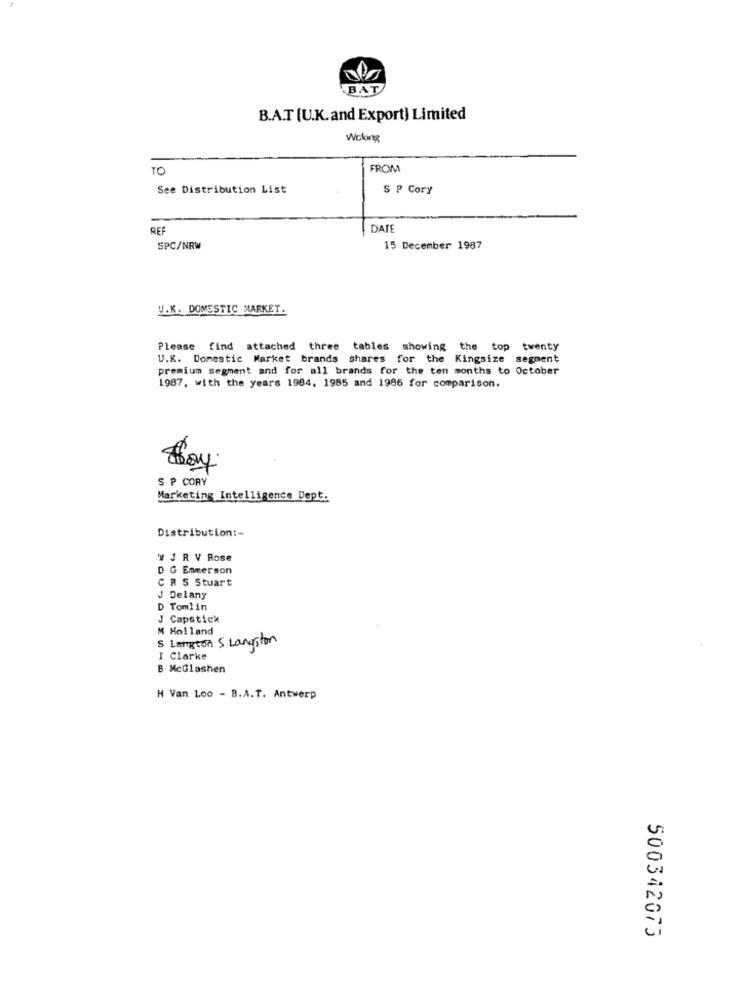
BAT
B.A.T (U.K.and Export) Limited
Wolong
TO
FROM
See Distribution List
S P Cory
REF
DATE
SPC/NRW
15 December 1987
U.K. DOMESTIC MARKET.
Please find attached three tables showing the top twenty
U.K. Domestic Market brands shares for the Kingsize segment
premium segment and for all brands for the ten months to October
1987, with the years 1984, 1985 and 1986 for comparison.
S P CORY
Marketing Intelligence Dept.
Distribution :-
J R V Rose
D G Emmerson
C R S Stuart
J Delany
D Tomlin
J Capstick
M Holland
$ Langton S Langston
I Clarke
B McGlashen
H Van Loo - B.A.T. Antwerp
500342075